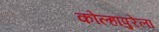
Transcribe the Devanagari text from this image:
कोल्हापुरेला